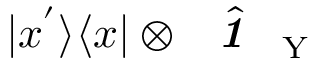
| x ^ { ' } \rangle \langle x | \otimes \hat { \textbf { \textit { 1 } } \, } _ { \! \mathrm { Y } }